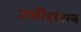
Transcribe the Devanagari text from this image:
उशीरासव